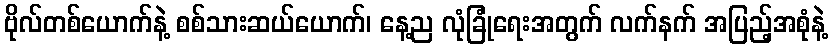
ဗိုလ်တစ်ယောက်နဲ့ စစ်သားဆယ်ယောက်၊ နေ့ည လုံခြုံရေးအတွက် လက်နက် အပြည့်အစုံနဲ့